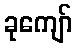
ခုကျော်